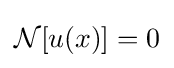
{\mathcal {N}}[u(x)]=0